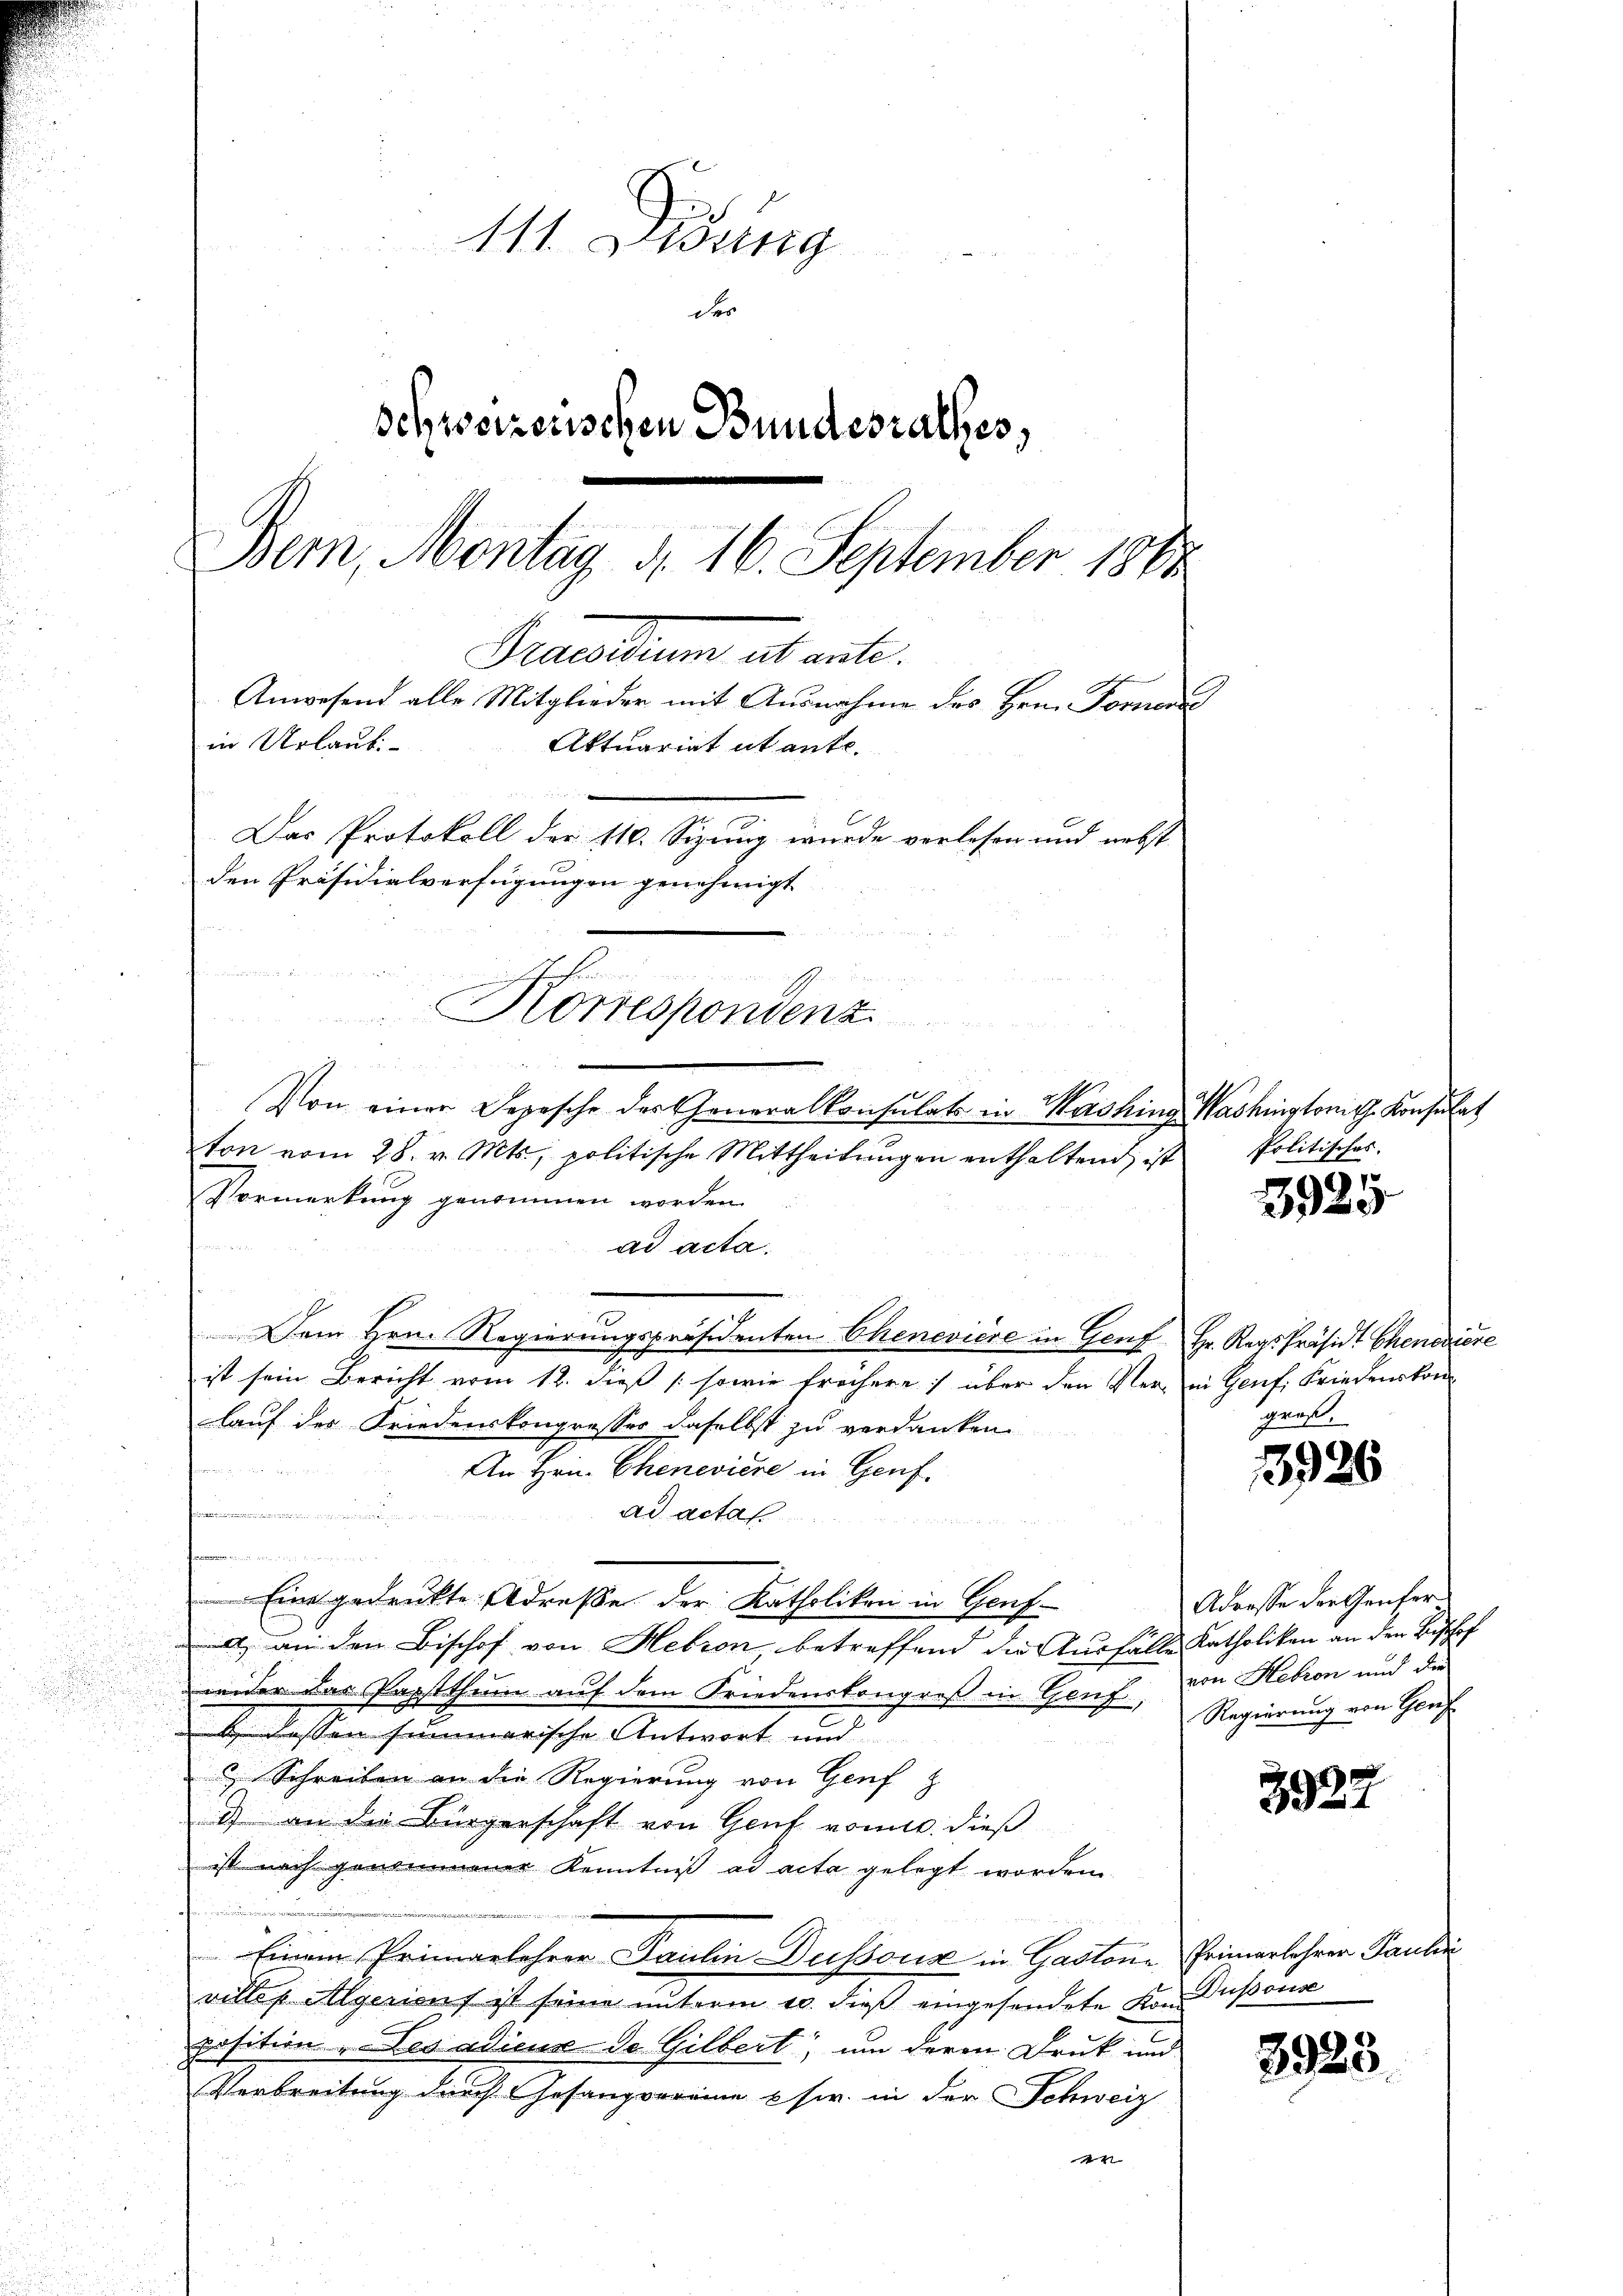
111. Disung
der
schweizerischen Bundesrathes,
Bern, Montag, d. 16. September 1848
Praesum alt ante.
Anwesend alle Mitglieder mit Ausnahme des Hrn. Fornen
in Urlaub.
Aktuariat ut ante.

Das Protokoll der 110. Sizung wurde verlesen und nebst
den Präsidialverfügungen genehmigt
Korrespondenz

Von einer Depesche der Generalkonsulats in Washing Washingtonith Konsulat
ton vom 28. v. Mts., politische Mittheilungen enthaltend, ist
Vormerkung genommen worden.
ad acta.
Dem Hrn. Regierungspräsidenten Chenevière in Genf Hr. Rags Präsidt Chenediere
ist sein Bericht vom 12. dieß (sowie frühere) über den Ver- in Genf, Friedenskom
lauf des Friedenskongresses daselbst zu verdanken
An Hrn. Chenevière in Genf.
e
ad acta
e
.
Eine gedruckte Adreße der Katholikon in Genfl an den Bischof von Hebron betreffend die Ausfälle Katholiken an den Beschof
wider das Papstthum auf dem Friedenskongreß in Torf, Regierung von Genf
 lassen summarische Antwort und
 Schreiben an die Regierung von Genf z
2) an die Bürgerschaft von Genf vom. dieß
ist nach genommener Kenntniß ad acta gelegt worden.
Einem Primarlehrer Paulin Dussous in Gastone Primarlehrer Pauli
villes Algericus ist seine unterm 10. dieß eingesendete Kon Dupouse
position „Les adicus de Gilbert, um deren Druk und
Verbreitung durch Gesangvereine usw. in der Schweiz
2

Politisches.

3925

gens

3926

Adresse der Genfer
von Hesion und die

3922

3925.